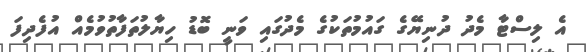
އެ ލިސްޓާ މެދު ދުނިޔޭގެ ގައުމުތަކުގެ މެދުގައި ވަނީ ބޮޑު ހިޔާލުތަފާތުވުމެއް އުފެދިފަ